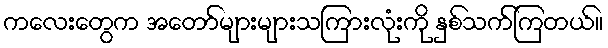
ကလေးတွေက အတော်များများသကြားလုံးကို နှစ်သက်ကြတယ်။